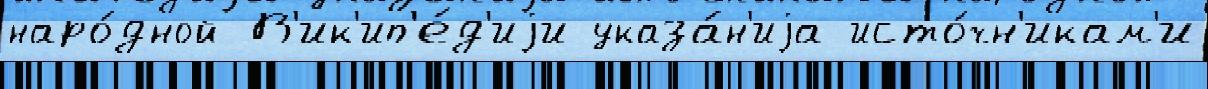
наро́дной В'ик'ип'е́д'иjи указа́н'иjа исто́чн'икам'и